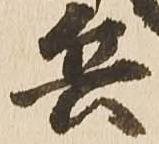
兵